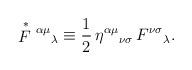
LaTeX: \begin{align*}\stackrel{*}{F}{}^{\alpha\mu}{}_{\lambda} \equiv \frac{1}{2} \,\eta^{\alpha\mu}{}_{\nu\sigma}\,F^{\nu\sigma}{}_{\lambda}.\end{align*}